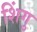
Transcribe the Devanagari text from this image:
शिंगु